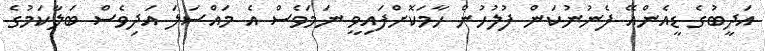
އަދީބުގެ ޑީއެންއޭ ފެނުނުކަން ފުލުހުން ހާމަކޮށްފައިވީ ނަމަވެސް އެ މައްސަލަ އަދިވެސް ބަލާކަމުގެ